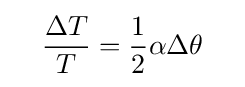
\quad {\Delta T \over T}={1 \over 2}\alpha \Delta \theta \quad